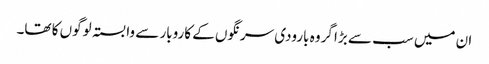
ان میں سب سے بڑا گروہ بارودی سرنگوں کے کاروبار سے وابستہ لوگوں کا تھا۔